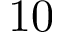
1 0